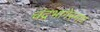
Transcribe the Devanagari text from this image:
चंद्रभागेस्नान